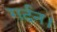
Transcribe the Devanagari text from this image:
गर्दन।